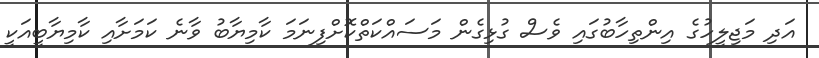
އަދި މަޖިލީހުގެ އިންތިހާބުގައި ވެސް ގުޅިގެން މަސައްކަތްކޮށްފިނަމަ ކާމިޔާބު ވާނެ ކަމަށާއި ކާމިޔާބީއަކީ